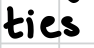
Text: ties
Cross-out: clean
Writing tool: digital_black